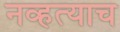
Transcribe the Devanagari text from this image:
नव्हत्याच